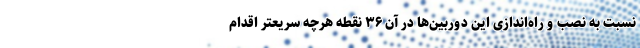
نسبت به نصب و راه‌اندازی این دوربین‌ها در آن ۳۶ نقطه هرچه سریعتر اقدام